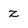
Character: z